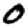
Digit: 0